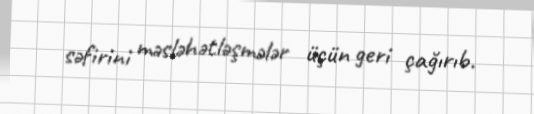
səfirini məsləhətləşmələr üçün geri çağırıb.